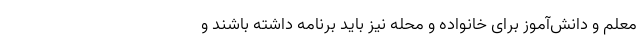
معلم و دانش‌آموز برای خانواده و محله نیز باید برنامه داشته باشند و